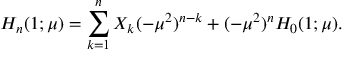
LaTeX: H _ { n } ( 1 ; \mu ) = \sum _ { k = 1 } ^ { n } X _ { k } ( - \mu ^ { 2 } ) ^ { n - k } + ( - \mu ^ { 2 } ) ^ { n } H _ { 0 } ( 1 ; \mu ) .